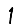
Digit: 1